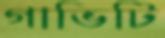
গাভিটি